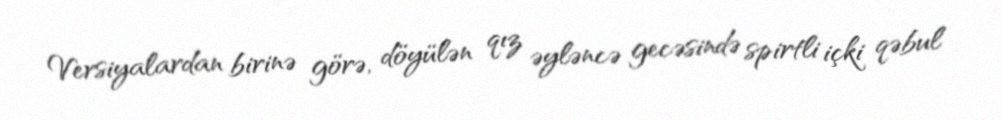
Versiyalardan birinə görə, döyülən qız əyləncə gecəsində spirtli içki qəbul